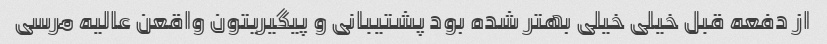
از دفعه قبل خیلی خیلی بهتر شده بود پشتیبانی و پیگیریتون واقعن عالیه مرسی